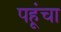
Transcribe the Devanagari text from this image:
पहूंचा